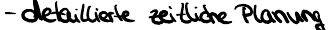
- detaillierte zeitliche Planung